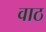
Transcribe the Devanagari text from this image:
वाठ